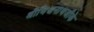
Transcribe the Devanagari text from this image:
श्रीविश्वनाथजीके